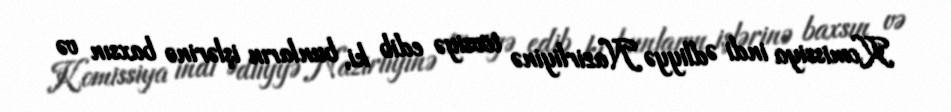
Komissiya indi Ədliyyə Nazirliyinə tövsiyə edib ki, bunların işlərinə baxsın və